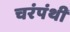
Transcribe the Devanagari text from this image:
चरंपंथी